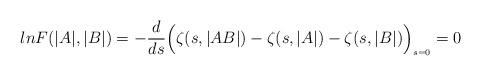
LaTeX: \begin{align*}ln F( \vert A \vert, \vert B \vert) =- \frac{d}{ds}\Bigl(\zeta(s, \vert AB \vert) - \zeta(s, \vert A \vert)- \zeta(s, \vert B \vert)\Bigr)_{\scriptscriptstyle s=0} = 0\end{align*}